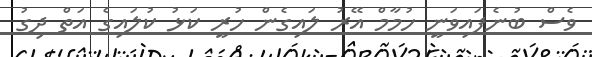
ވެސް ބުނެފައިވަނީ ހުމާމް އޭރު ލައިގެން ހުރީ ކަޅު ކުލައިގެ އަތް ދިގު